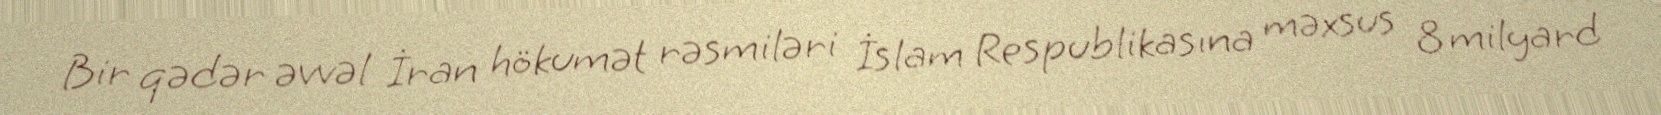
Bir qədər əvvəl İran hökumət rəsmiləri İslam Respublikasına məxsus 8 milyard